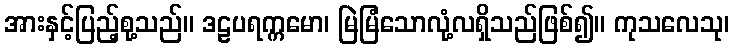
အားနှင့်ပြည့်စု့သည်။ ဒဠပရက္ကမော၊ မြဲမြံသောလုံ့လရှိသည်ဖြစ်၍။ ကုသလေသု၊